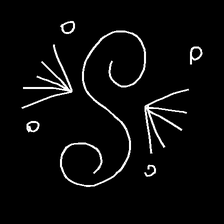
Glyph: aeroform